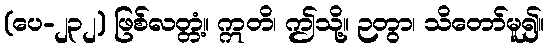
(ပေ-၂၃၂) ဖြစ်လတ္တံ့။ ဣတိ၊ ဤသို့။ ဉတွာ၊ သိတော်မူ၍။